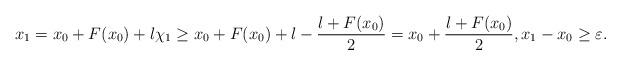
LaTeX: \begin{align*}x_1=x_0+F(x_0)+l\chi_1 \geq x_0+F(x_0)+l-\frac{l+F(x_0)}{2}=x_0+\frac{l+F(x_0)}{2}, x_1-x_0 \geq \varepsilon.\end{align*}